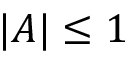
| A | \leq 1